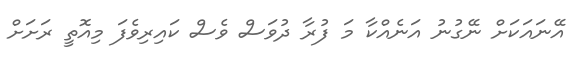
އޭނައަކަށް ނޭގުނު އަނެއްކާ މަ ފުރާ ދުވަސް ވެސް ކައިރިވެފަ މިއޮތީ ރަށަށް